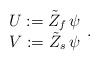
LaTeX: \begin{align*}\begin{array}{c}U:=\tilde{Z}_{f}\,\psi\\V:=\tilde{Z}_{s}\,\psi\end{array}.\end{align*}